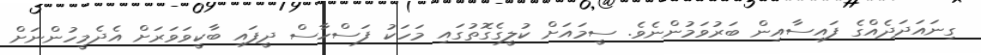
ގިނައަދަދެއްގެ ފައިސާއިން ބަރުވަމުންނެވެ. ސީމައަށް ކުލީގެގޮތުގައި މަހަކު ފަސްހާސް ދީފައި ބާކީވަވަރަށް އެދެމީހުންނަށް